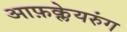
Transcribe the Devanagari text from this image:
आफ़क्लेयरुंग